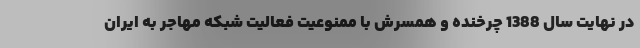
در نهایت سال 1388 چرخنده و همسرش با ممنوعیت فعالیت شبکه مهاجر به ایران